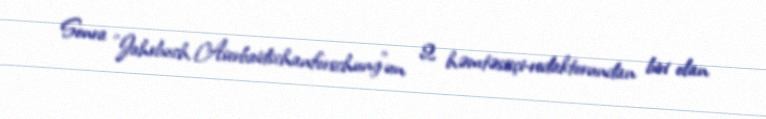
Sonra "Jahrbuch Aserbaidschanforschung"un 2 həmtəsisçi-redaktorundan biri olan